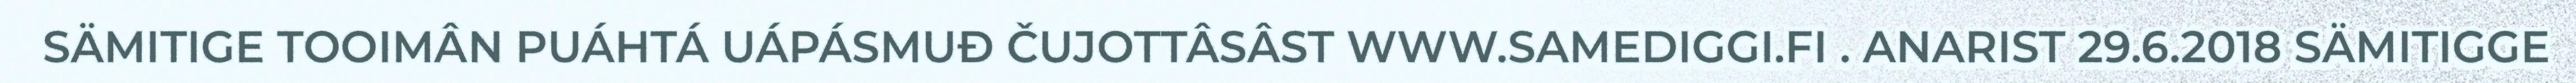
SÄMITIGE TOOIMÂN PUÁHTÁ UÁPÁSMUĐ ČUJOTTÂSÂST WWW.SAMEDIGGI.FI . ANARIST 29.6.2018 SÄMITIGGE